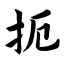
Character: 扼